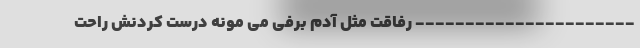
---------------------- رفاقت مثل آدم برفی می مونه درست کردنش راحت